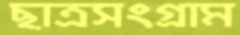
ছাত্রসংগ্রাম